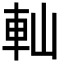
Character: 軕